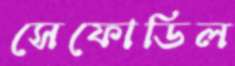
সেফোডিল